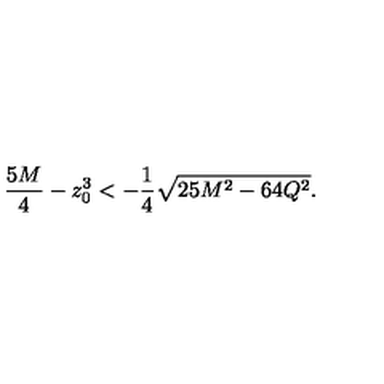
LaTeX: { \frac { 5 M } { 4 } } - z _ { 0 } ^ { 3 } < - { \frac { 1 } { 4 } } \sqrt { 2 5 M ^ { 2 } - 6 4 Q ^ { 2 } } .